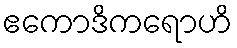
ဧကောဒိကရောဟိ